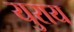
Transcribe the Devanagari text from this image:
युराय